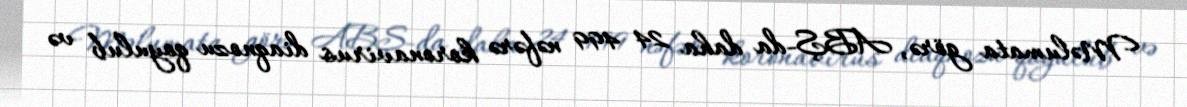
Məlumata görə, ABŞ-da daha 24 499 nəfərə koronavirus diaqnozu qoyulub və